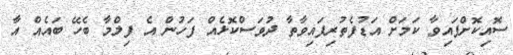
ސޮއިކޮށްފައިވާ ކަމަށް އަޑުފެތުރިފައިވާތާ ދުވަސްކޮޅެއް ފަހުން އެ ފިލްމާ ބެހޭ ބައެއް އާ